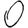
Digit: 0